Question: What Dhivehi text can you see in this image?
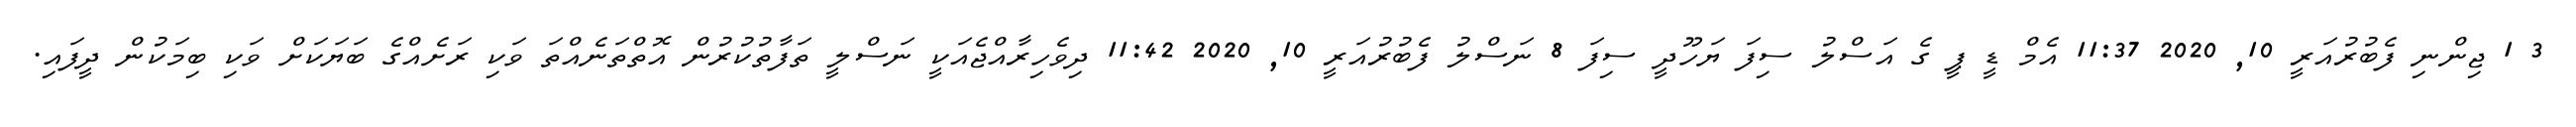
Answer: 3 1 ޖިންނި ފެބުރުއަރީ 10, 2020 11:37 އެމް ޑީ ޕީ ގެ އަސްލު ސިފަ ޔަހޫދީ ސިފަ 8 ނަސްލު ފެބުރުއަރީ 10, 2020 11:42 ދިވެހިރާއްޖެއަކީ ނަސްލީ ތަފާތުކުރުން އޮތްތަނެއްތަ ވަކި ރަށެއްގެ ބަޔަކަށް ވަކި ބިމަކުން ދީފައި.